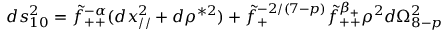
d s _ { 1 0 } ^ { 2 } = \tilde { f } _ { + + } ^ { - \alpha } ( d x _ { / / } ^ { 2 } + d \rho ^ { * 2 } ) + \tilde { f } _ { + } ^ { - 2 / ( 7 - p ) } \tilde { f } _ { + + } ^ { \beta _ { + } } \rho ^ { 2 } d \Omega _ { 8 - p } ^ { 2 }